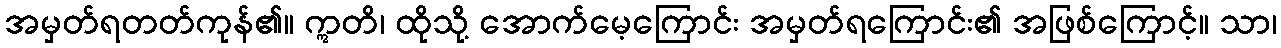
အမှတ်ရတတ်ကုန်၏။ ဣတိ၊ ထိုသို့ အောက်မေ့ကြောင်း အမှတ်ရကြောင်း၏ အဖြစ်ကြောင့်။ သာ၊